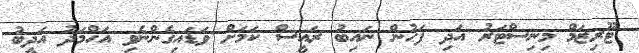
ޓޫރިޒަމް މިނިސްޓަރު އަދި ފަހުން ނައިބު ރައީސް ކަމަށް ވަޑައިގެންނެވި އަހްމަދު އަދީބު